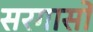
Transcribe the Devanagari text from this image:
सरगासो